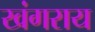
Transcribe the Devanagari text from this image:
खंगराय